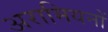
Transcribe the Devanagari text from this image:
अरामियनों